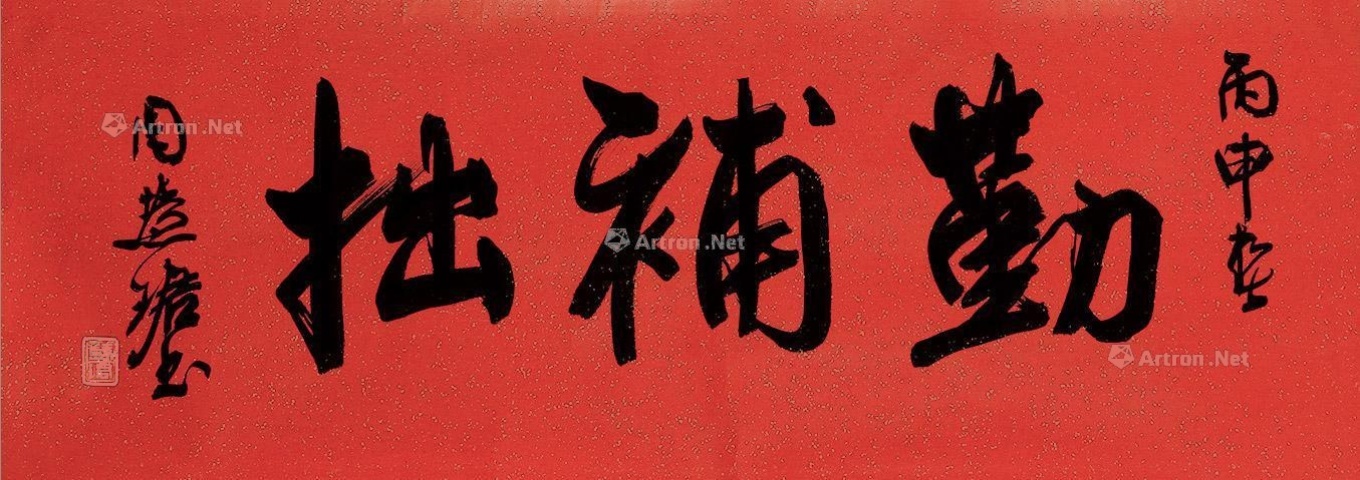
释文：勤补拙。丙申春，周慧珺书。